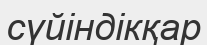
сүйіндікқар